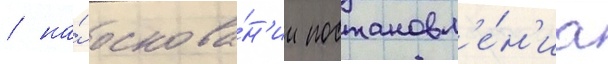
/ на́ основа́н'ии постановл'е́н'иа